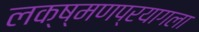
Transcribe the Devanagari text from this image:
लक्ष्मणप्रयागला